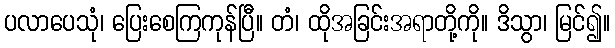
ပလာပေသုံ၊ ပြေးစေကြကုန်ပြီ။ တံ၊ ထိုအခြင်းအရာတို့ကို။ ဒိသွာ၊ မြင်၍။